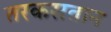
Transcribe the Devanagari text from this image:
तरकसतान